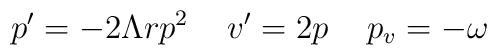
p^{\prime} = - 2 \Lambda r p^2 \,\,\,\,\,\,\,  v^{\prime} = 2 p \,\,\,\,\,\,\, p_v = -\omega